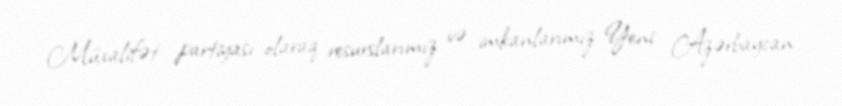
Müxalifət partiyası olaraq resurslarımız və imkanlarımız Yeni Azərbaycan